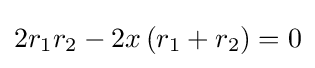
2r_{1}r_{2}-2x\left(r_{1}+r_{2}\right)=0